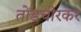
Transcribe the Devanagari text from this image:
तोंडचीरकर